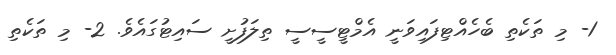
1- މި ތަކެތި ބެހެއްޓިފައިވަނީ އެމްޓީސީސީ ތިލަފުށީ ސައިޓުގައެވެ. 2- މި ތަކެތި